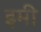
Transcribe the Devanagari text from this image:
इमी